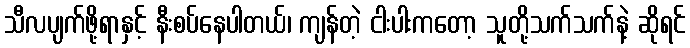
သီလပျက်ဖို့ရာနှင့် နီးစပ်နေပါတယ်၊ ကျန်တဲ့ ငါးပါးကတော့ သူတို့သက်သက်နဲ့ ဆိုရင်